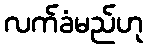
လက်ခံမည်ဟု